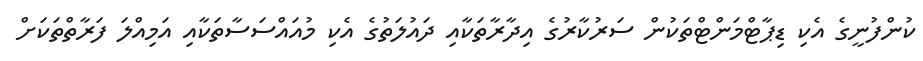
ކުންފުނީގެ އެކި ޑިޕާޓްމަންޓްތަކުން ސަރުކާރުގެ އިދާރާތަކާއި ދައުލަތުގެ އެކި މުއައްސަސާތަކާއި އަމިއްލަ ފަރާތްތަކަށް